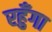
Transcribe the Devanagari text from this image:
रहुँगा